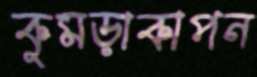
কুমড়াকাপন